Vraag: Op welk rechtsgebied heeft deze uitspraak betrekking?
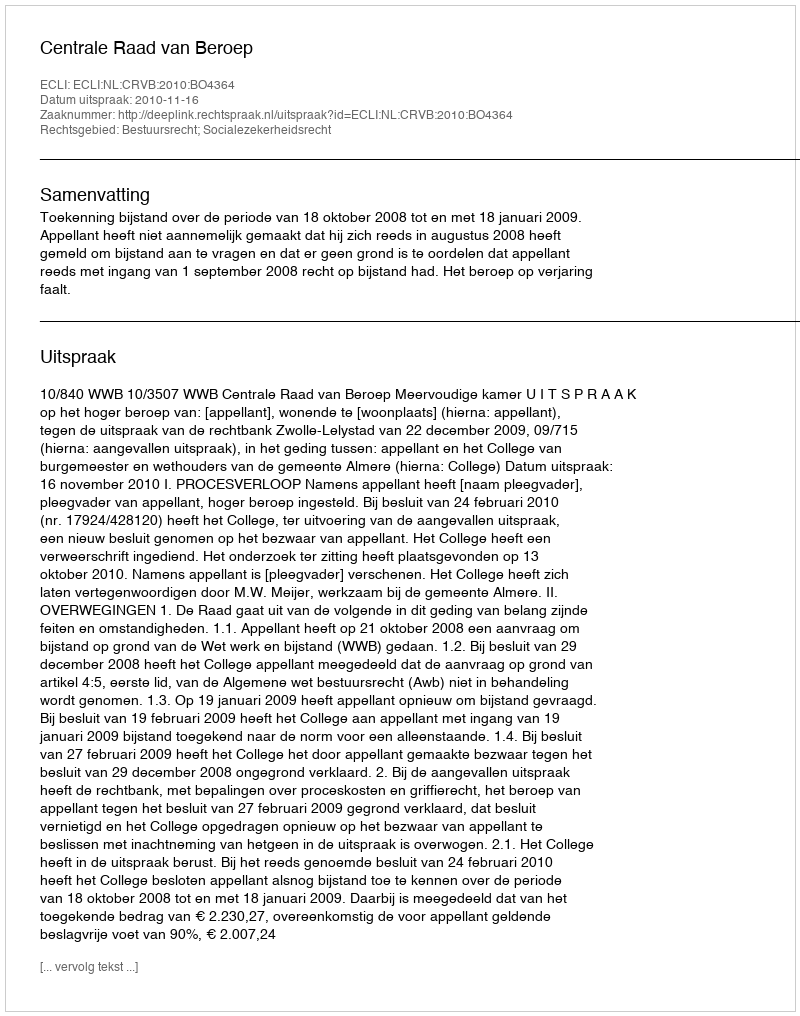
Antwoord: Bestuursrecht; Socialezekerheidsrecht